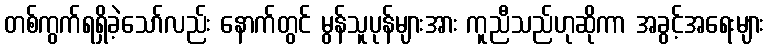
တစ်ကွက်ရရှိခဲ့သော်လည်း နောက်တွင် မွန်သူပုန်များအား ကူညီသည်ဟုဆိုကာ အခွင့်အရေးများ